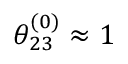
\theta _ { 2 3 } ^ { ( 0 ) } \approx 1